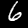
Label: 6